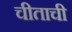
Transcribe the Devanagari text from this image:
चीताची